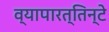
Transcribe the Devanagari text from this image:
व्यापारत्तिन्टे